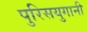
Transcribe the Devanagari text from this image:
पुरिसयुगानी